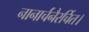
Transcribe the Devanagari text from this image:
नानार्चनैरर्चित।